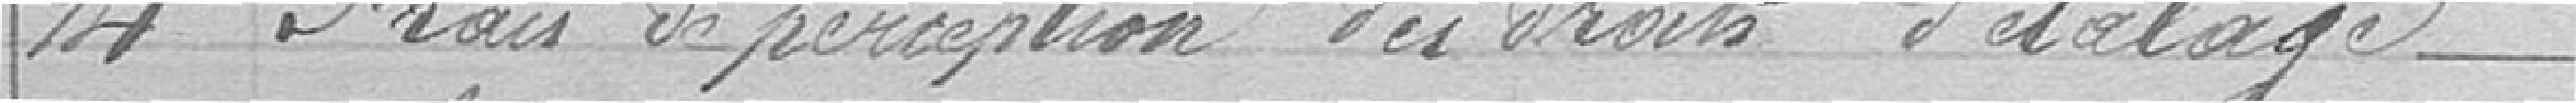
14 Frais de perception des droits d'étalage